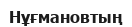
Нұғмановтың